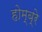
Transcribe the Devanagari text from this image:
होम्ब्रे